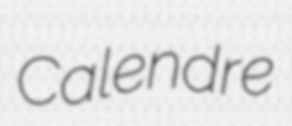
Calendre